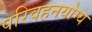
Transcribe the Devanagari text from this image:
परिवहनयोग्य